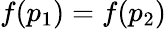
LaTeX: f(p_{1})=f(p_{2})